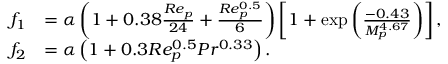
\begin{array} { r l } { f _ { 1 } } & { = \alpha \left( 1 + 0 . 3 8 \frac { R e _ { p } } { 2 4 } + \frac { R e _ { p } ^ { 0 . 5 } } { 6 } \right) \left[ 1 + \exp \left( \frac { - 0 . 4 3 } { M _ { p } ^ { 4 . 6 7 } } \right) \right] , } \\ { f _ { 2 } } & { = \alpha \left( 1 + 0 . 3 R e _ { p } ^ { 0 . 5 } P r ^ { 0 . 3 3 } \right) . } \end{array}